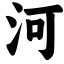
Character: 河